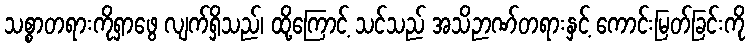
သစ္စာတရားကိုရှာဖွေ လျက်ရှိသည်၊ ထို့ကြောင့် သင်သည် အသိဉာဏ်တရားနှင့် ကောင်းမြတ်ခြင်းကို